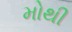
મોથી